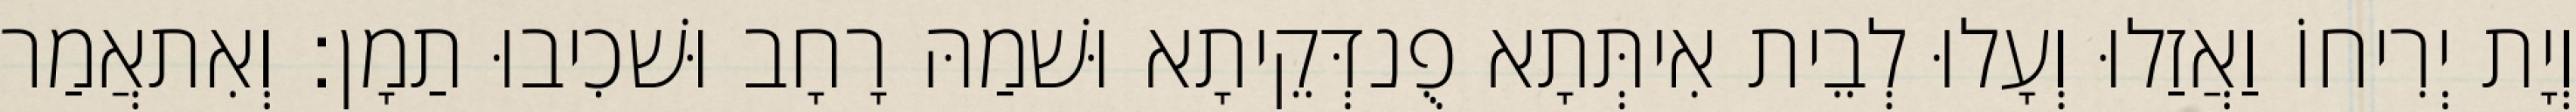
וְיָת יְרִיחוֹ וַאֲזַלוּ וְעָלוּ לְבֵית אִיתְּתָא פֻנדְּקֵיתָא וּשׁמַהּ רָחָב וּשׁכִיבוּ תַמָן׃ וְאִתאֲמַר